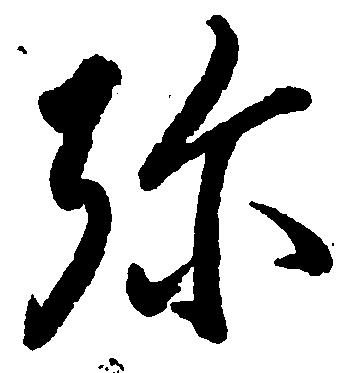
弥